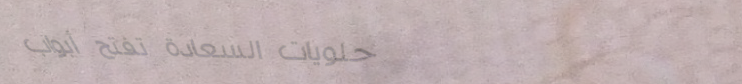
حلويات السعادة تفتح أبواب